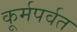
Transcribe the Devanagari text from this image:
कूर्मपर्वत